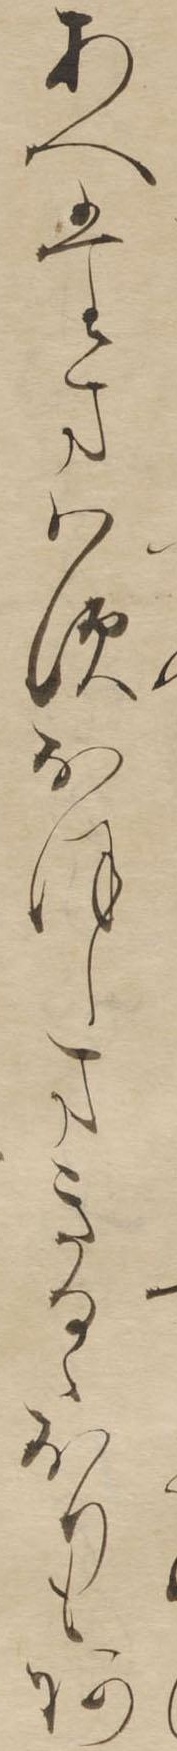
あへたまはすおほしまきるゝおりもあ